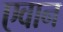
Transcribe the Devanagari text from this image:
एवान